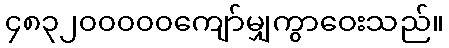
၄၈၃၂၀၀၀၀၀ကျော်မျှကွာဝေးသည်။